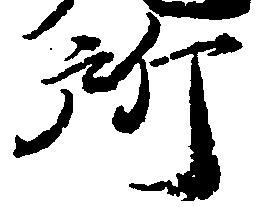
所